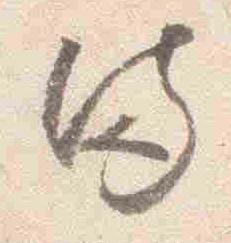
侍